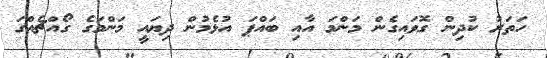
ހަތަރު ކުދިން ގޮވައިގެން މަންމަ އާއި ބައްޕަ އުޅެމުން ދިޔައީ މަންމަގެ ގޯއްޗެއްގަ